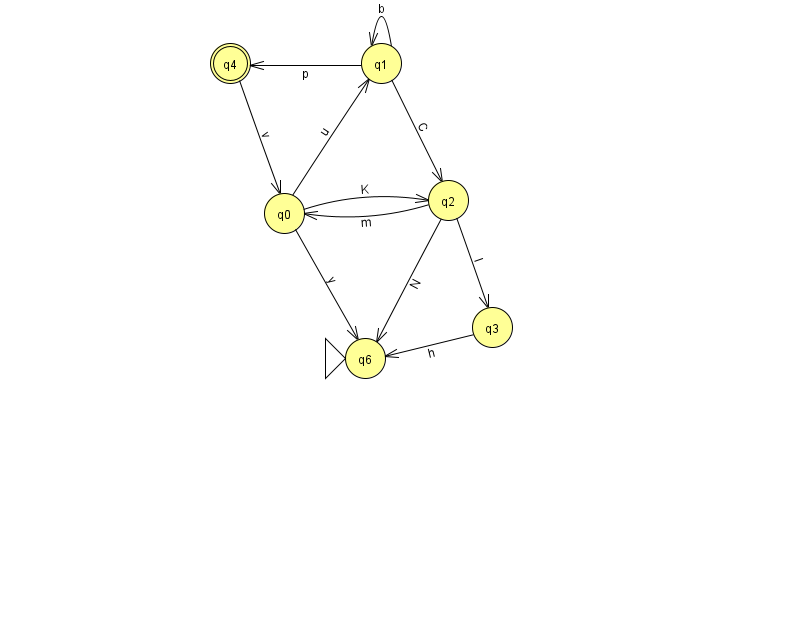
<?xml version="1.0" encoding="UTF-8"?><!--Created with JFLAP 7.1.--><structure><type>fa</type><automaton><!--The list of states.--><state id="0" name="q0"><x>284.0</x><y>200.0</y></state><state id="1" name="q1"><x>381.0</x><y>50.0</y></state><state id="2" name="q2"><x>448.0</x><y>187.0</y></state><state id="3" name="q3"><x>492.0</x><y>314.0</y></state><state id="4" name="q4"><x>230.0</x><y>50.0</y><final/></state><state id="6" name="q6"><x>365.0</x><y>345.0</y><initial/></state><!--The list of transitions.--><transition><from>2</from><to>0</to><read>m</read></transition><transition><from>1</from><to>1</to><read>b</read></transition><transition><from>0</from><to>2</to><read>K</read></transition><transition><from>0</from><to>1</to><read>u</read></transition><transition><from>0</from><to>6</to><read>y</read></transition><transition><from>4</from><to>0</to><read>v</read></transition><transition><from>1</from><to>2</to><read>C</read></transition><transition><from>2</from><to>3</to><read>I</read></transition><transition><from>1</from><to>4</to><read>p</read></transition><transition><from>2</from><to>6</to><read>N</read></transition><transition><from>3</from><to>6</to><read>h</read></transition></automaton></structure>